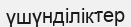
үшүнділіктер